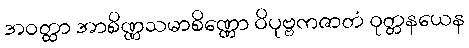
အဝတ္ထာ အာစိဏ္ဏသမာစိဏ္ဏော ဝိပုဗ္ဗကဇာတံ ဝုတ္တနယေန